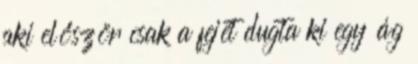
aki először csak a fejét dugta ki egy ág